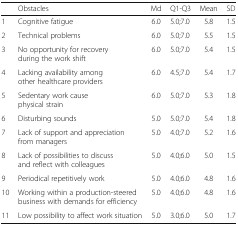
|  | Obstacles | Md | Q1-Q3 | Mean | SD |
 | --- | --- | --- | --- | --- | --- |
 | 1 | Cognitive fatigue | 6.0 | 5.0;7.0 | 5.8 | 1.5 |
 | 2 | Technical problems | 6.0 | 5.0;7.0 | 5.5 | 1.5 |
 | 3 | No opportunity for recovery during the work shift | 6.0 | 5.0;7.0 | 5.4 | 1.5 |
 | 4 | Lacking availability among other healthcare providers | 6.0 | 4.5;7.0 | 5.4 | 1.7 |
 | 5 | Sedentary work cause physical strain | 6.0 | 5.0;7.0 | 5.3 | 1.8 |
 | 6 | Disturbing sounds | 5.0 | 5.0;7.0 | 5.4 | 1.8 |
 | 7 | Lack of support and appreciation from managers | 5.0 | 4.0;7.0 | 5.2 | 1.6 |
 | 8 | Lack of possibilities to discuss and reflect with colleagues | 5.0 | 4.0;6.0 | 5.0 | 1.5 |
 | 9 | Periodical repetitively work | 5.0 | 4.0;6.0 | 4.8 | 1.6 |
 | 10 | Working within a production-steered business with demands for efficiency | 5.0 | 4.0;6.0 | 4.8 | 1.6 |
 | 11 | Low possibility to affect work situation | 5.0 | 3.0;6.0 | 5.0 | 1.7 |